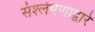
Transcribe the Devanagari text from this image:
संश्लेषणाद्वारे